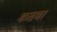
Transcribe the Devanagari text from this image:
कसचा